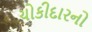
ચોકીદારનો